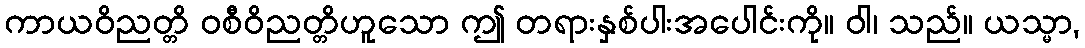
ကာယဝိညတ္တိ ဝစီဝိညတ္တိဟူသော ဤ တရားနှစ်ပါးအပေါင်းကို။ ဝါ၊ သည်။ ယသ္မာ,